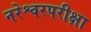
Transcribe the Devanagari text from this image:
नरेश्वरपरीक्षा